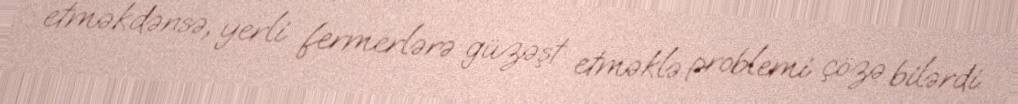
etməkdənsə, yerli fermerlərə güzəşt etməklə problemi çözə bilərdi.